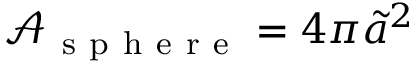
\mathcal { A } _ { \mathrm { ~ s ~ p ~ h ~ e ~ r ~ e ~ } } = 4 \pi \tilde { a } ^ { 2 }